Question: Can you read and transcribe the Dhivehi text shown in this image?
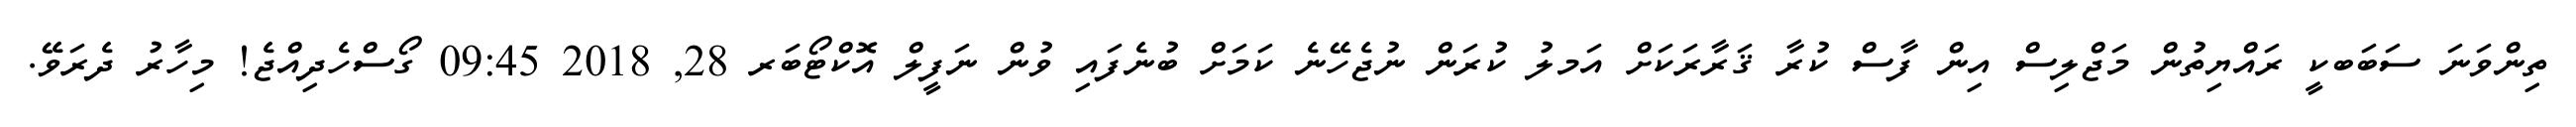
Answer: ތިންވަނަ ސަބަބކީ ރައްޔިތުން މަޖްލިސް އިން ފާސް ކުރާ ޤަރާރަކަށް އަމލު ކުރަން ނުޖެހޭނެ ކަމަށް ބުނެފައި ވުން ނަފީލް އޮކްޓޯބަރ 28, 2018 09:45 ގޯސްހެދިއްޖެ! މިހާރު ދެރަވޭ.